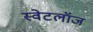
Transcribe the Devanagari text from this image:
स्वेटलॉज